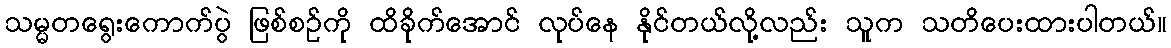
သမ္မတရွေးကောက်ပွဲ ဖြစ်စဉ်ကို ထိခိုက်အောင် လုပ်နေ နိုင်တယ်လို့လည်း သူက သတိပေးထားပါတယ်။